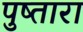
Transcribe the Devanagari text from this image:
पुष्तारा